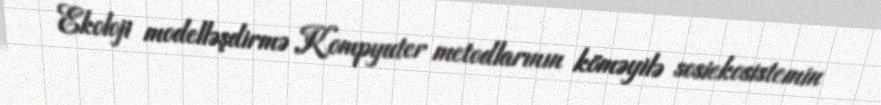
Ekoloji modelləşdirmə Kompyuter metodlarının köməyilə sosiekosistemin